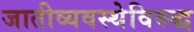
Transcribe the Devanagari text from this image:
जातीव्यवस्थेविरुद्ध